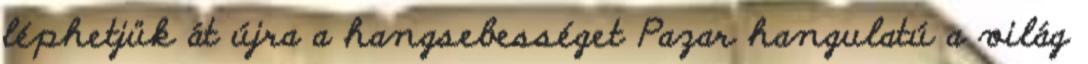
léphetjük át újra a hangsebességet Pazar hangulatú a világ